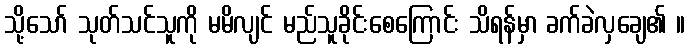
သို့သော် သုတ်သင်သူကို မမိလျင် မည်သူခိုင်းစေကြောင်း သိရန်မှာ ခက်ခဲလှချေ၏ ။